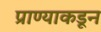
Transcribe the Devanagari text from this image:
प्राण्याकडून